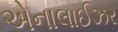
એનાલાઈઝર